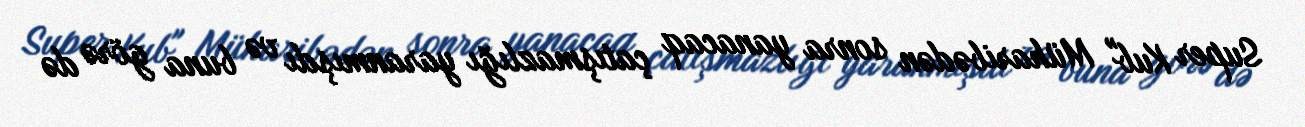
Super Kub" Müharibədən sonra yanacaq çatışmazlığı yaranmışdı və buna görə də